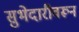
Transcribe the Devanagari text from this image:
सुभेदारीवरून